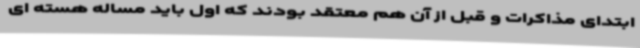
ابتدای مذاکرات و قبل از آن هم معتقد بودند که اول باید مساله هسته ای